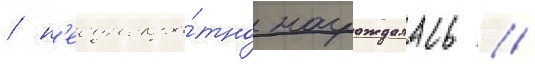
/ н'еоднокра́тно награждалась //